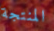
المنتجة